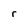
Character: r